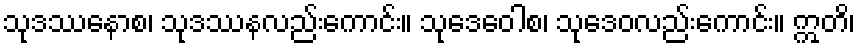
သုဒဿနောစ၊ သုဒဿနလည်းကောင်း။ သုဒေဝေါစ၊ သုဒေဝလည်းကောင်း။ ဣတိ၊